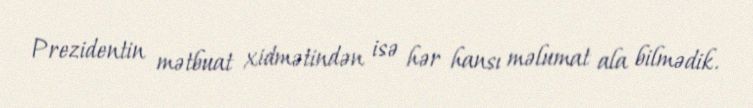
Prezidentin mətbuat xidmətindən isə hər hansı məlumat ala bilmədik.